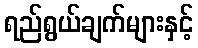
ရည်ရွယ်ချက်များနှင့်